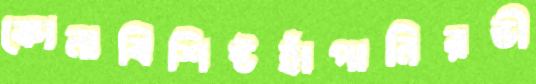
কোনাবিশিষ্টহাঁপানিরভী